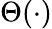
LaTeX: \Theta(\cdot)